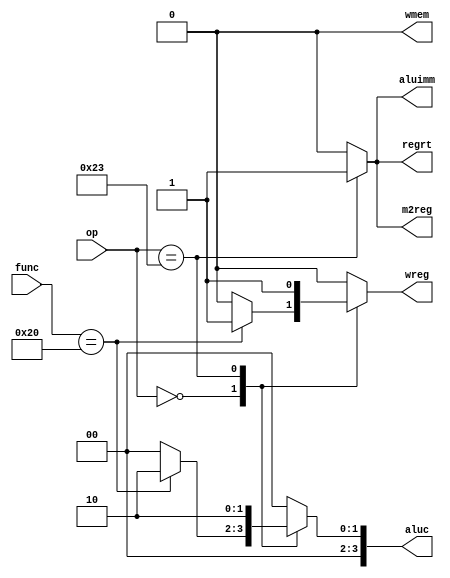
`timescale 1ns / 1ps
//////////////////////////////////////////////////////////////////////////////////
// Company: 
// Engineer: 
// 
// Design Name: 
// Module Name:
// Project Name: 
// Target Devices: 
// Tool Versions: 
// Description: 
// 
// Dependencies: 
// 
// Revision:
// Revision 0.01 - File Created
// Additional Comments:
// 
//////////////////////////////////////////////////////////////////////////////////
module ControlUnit(
    input [5:0] op,
    input [5:0] func,

    output reg wreg,
    output reg m2reg,
    output reg wmem,
    output reg [3:0] aluc,
    output reg aluimm,
    output reg regrt
    );

// Continuously update control signals based on decoded instruction
always @ (*) begin

  // Decode instruction opcode
  case (op)
  
    // R-type instructions
    6'b000000: begin
      // Decode R-type function code
      case (func)
        
        // ADD instruction
        6'b100000: begin
          // Set control signals for ADD:
          // - Write result to register file
          // - No memory access
          // - Use ALU for addition
          // - Source operands from registers
          // - Destination register address is second source (rs2)
          wreg = 1'b1;
          m2reg = 1'b0;
          wmem = 1'b0;
          aluc = 4'b0010; // ALU operation for addition
          aluimm = 1'b0;
          regrt = 1'b0;
        end
        
        // Default behavior for unspecified R-type functions
        default: begin
          // Set default control signals (e.g., all signals to 0)
          // for unspecified R-type instructions
          wreg = 1'b0;
          m2reg = 1'b0;
          wmem = 1'b0;
          aluc = 4'b0000;
          aluimm = 1'b0;
          regrt = 1'b0;
        end
      endcase
    end
    
    // LW instruction (load word from memory)
    6'b100011: begin
          // Set control signals for LW:
          // - Write result to register file
          // - Read data from memory
          // - No memory write
          // - Use ALU for address calculation (addition)
          // - ALU source from registers and immediate
          // - Destination register address is third source (rt)
          wreg = 1'b1;
          m2reg = 1'b1;
          wmem = 1'b0;
          aluc = 4'b0010; // ALU operation for addition
          aluimm = 1'b1;
          regrt = 1'b1;
    end
    
    // Default behavior for unspecified opcodes
    default: begin
      // Set default control signals (e.g., all signals to 0)
      // for unspecified instructions
      wreg = 1'b0;
      m2reg = 1'b0;
      wmem = 1'b0;
      aluc = 4'b0000;
      aluimm = 1'b0;
      regrt = 1'b0;
    end
  endcase
end


endmodule